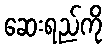
ဆေးရည်ကို